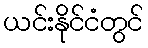
ယင်းနိုင်ငံတွင်